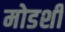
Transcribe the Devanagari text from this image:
मोडशी